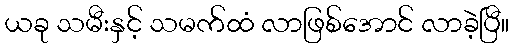
ယခု သမီးနှင့် သမက်ထံ လာဖြစ်အောင် လာခဲ့ပြီ။